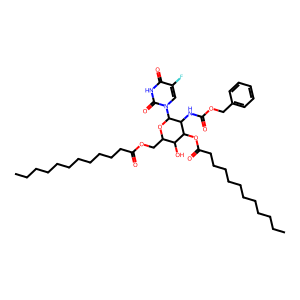
SMILES: CCCCCCCCCCCC(=O)OCC1OC(n2cc(F)c(=O)[nH]c2=O)C(NC(=O)OCc2ccccc2)C(OC(=O)CCCCCCCCCCC)C1O
Inhibits HIV replication: No